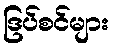
ဒြပ်စင်များ